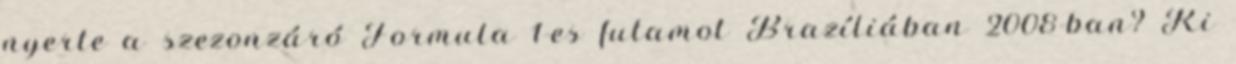
nyerte a szezonzáró Formula 1-es futamot Brazíliában 2008-ban? Ki